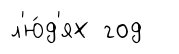
л'ю́д'ях год